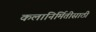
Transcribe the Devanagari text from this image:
कलानिर्मितीसाठी